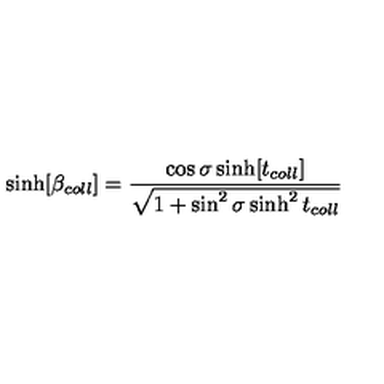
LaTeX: \sinh [ \beta _ { c o l l } ] = \frac { \cos \sigma \sinh [ t _ { c o l l } ] } { \sqrt { 1 + \sin ^ { 2 } \sigma \sinh ^ { 2 } t _ { c o l l } } }